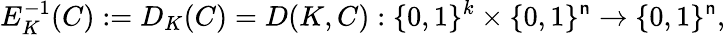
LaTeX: E_{K}^{-1}(C):=D_{K}(C)=D(K,C):\{ 0,1\} ^{k}\times\{ 0,1\} ^{\mathsf{n}}\rightarrow\{ 0,1\} ^{\mathsf{n}},